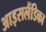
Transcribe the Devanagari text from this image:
आइसलैंडिका